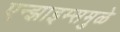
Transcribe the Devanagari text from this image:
एन्झाइम्समुळे